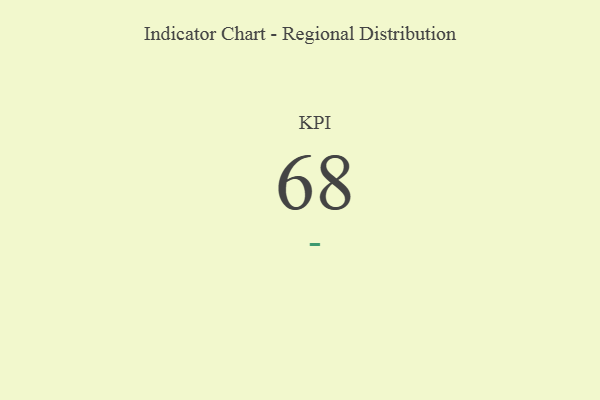
{"axis": {"x": "KPI", "y": "Value"}, "legend": [""], "data": [{"x": "KPI", "y": 68, "type": ""}]}